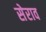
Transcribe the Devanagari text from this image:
सेराव